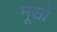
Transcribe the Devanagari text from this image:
मूसों